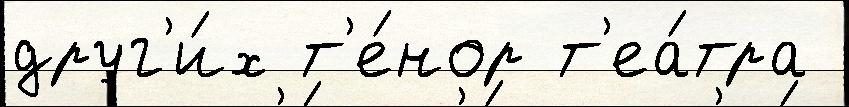
друг'и́х т'е́нор т'еа́тра